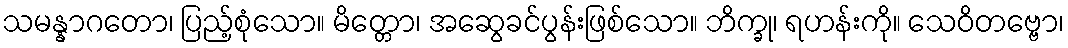
သမန္နာဂတော၊ ပြည့်စုံသော။ မိတ္တော၊ အဆွေခင်ပွန်းဖြစ်သော။ ဘိက္ခု၊ ရဟန်းကို။ သေဝိတဗ္ဗော၊